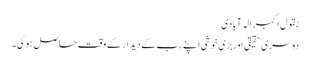
بقول اکبر الہ آبادی
دوسری حقیقی اوربڑی خوشی اپنے رب کے دیدار کے وقت حاصل ہوگی۔